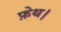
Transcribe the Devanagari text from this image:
फ़ेथ।